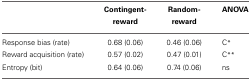
<table><thead><tr><td></td><td><b>Contingent-reward</b></td><td><b>Random-reward</b></td><td><b>ANOVA</b></td></tr></thead><tbody><tr><td>Response bias (rate)</td><td>0.68 (0.06)</td><td>0.46 (0.06)</td><td>C<sup>*</sup></td></tr><tr><td>Reward acquisition (rate)</td><td>0.57 (0.02)</td><td>0.47 (0.01)</td><td>C<sup>**</sup></td></tr><tr><td>Entropy (bit)</td><td>0.64 (0.06)</td><td>0.74 (0.06)</td><td>ns</td></tr></tbody></table>